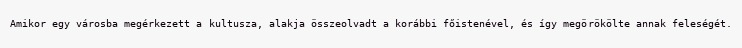
Amikor egy városba megérkezett a kultusza, alakja összeolvadt a korábbi főistenével, és így megörökölte annak feleségét.